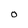
Character: O